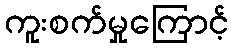
ကူးစက်မှုကြောင့်